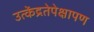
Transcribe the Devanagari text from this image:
उत्केंद्रतेपेक्षापण